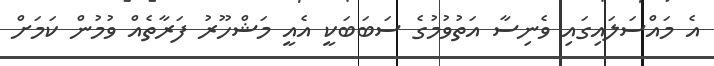
އެ މައްސަލައިގައި ވެނިސާ އަތުވުމުގެ ސަބަބަކީ އެއީ މަޝްހޫރު ފަރާތެއް ވުމުން ކަމަށް